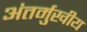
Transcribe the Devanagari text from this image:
अंतर्मुखीय